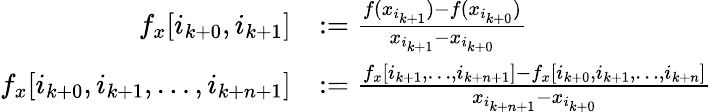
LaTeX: \begin{array}{rl}{f_{x}[i_{k+0},i_{k+1}]}&{:=\frac{f(x_{i_{k+1}})-f(x_{i_{k+0}})}{x_{i_{k+1}}-x_{i_{k+0}}}}\\ {f_{x}[i_{k+0},i_{k+1},\dots,i_{k+n+1}]}&{:=\frac{f_{x}[i_{k+1},\dots,i_{k+n+1}]-f_{x}[i_{k+0},i_{k+1},\dots,i_{k+n}]}{x_{i_{k+n+1}}-x_{i_{k+0}}}}\end{array}